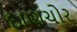
દાણચોર